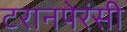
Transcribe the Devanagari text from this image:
टरानपेरंसी